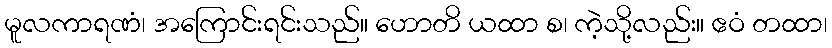
မူလကာရဏံ၊ အကြောင်းရင်းသည်။ ဟောတိ ယထာ စ၊ ကဲ့သို့လည်း။ ဧဝံ တထာ၊